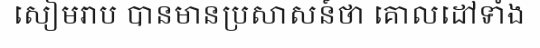
សៀមរាប បានមានប្រសាសន៍ថា គោលដៅទាំង